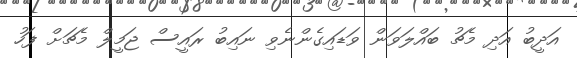
އަދީބު އަދި މެޗު ބައްލަވަން ވަޑައިގެންނެވި ނައިބު ރައީސް ޖަމީލް މެޗަށް ފަހު